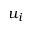
u _ { i }